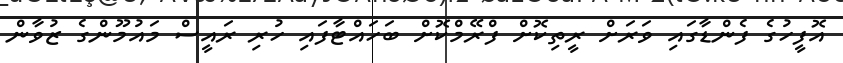
އޮފީހުގެ ފެންޑާގައި ވަރަށް ރީތިކޮށް ފްރޭމްކޮށް ބަހައްޓާފައި ހުރި ރައީސް މައުމޫންގެ ޒުވާން